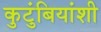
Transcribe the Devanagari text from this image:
कुटुंबियांशी